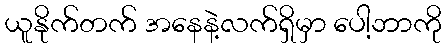
ယူနိုက်တက် အနေနဲ့လက်ရှိမှာ ပေါ့ဘာကို